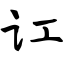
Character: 讧